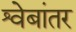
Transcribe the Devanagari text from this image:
श्वेबांतर